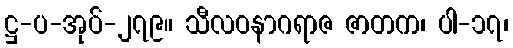
ဋ္ဌ-ပ-အုပ်-၂၇၉။ သီလဝနာဂရာဇ ဇာတက၊ ပါ-၁၇၊